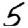
Digit: 5